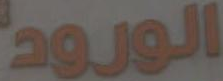
الورود